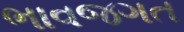
ભાવજગત